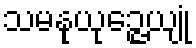
သမနုယုဉ္ဇေယျုံ